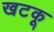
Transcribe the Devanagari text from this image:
खटकू